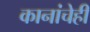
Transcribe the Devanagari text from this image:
कानांचेही